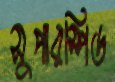
সুপারস্পিড